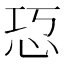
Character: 㤍